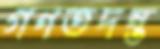
গণতদন্ত